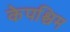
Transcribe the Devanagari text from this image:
केपश्चिम